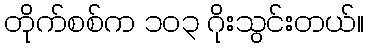
တိုက်စစ်က ၁၀၃ ဂိုးသွင်းတယ်။